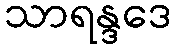
သာရန္ဒဒေ